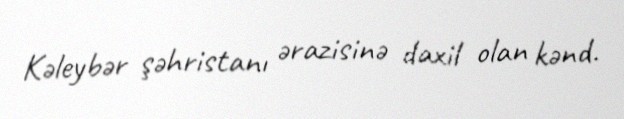
Kəleybər şəhristanı ərazisinə daxil olan kənd.